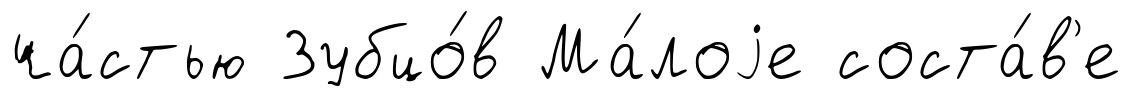
ча́стью Зубцо́в Ма́лоjе соста́в'е